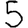
Digit: 5